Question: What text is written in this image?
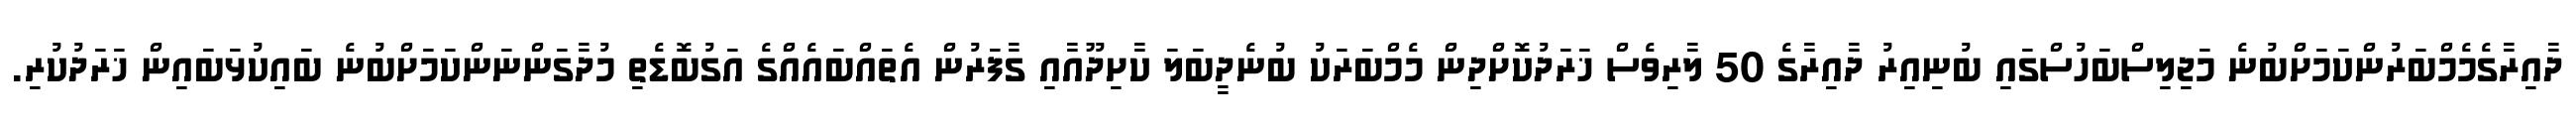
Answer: ދާއިރާގެމެމްބަރުންކަމަށްބުނެ މަޖިލިސްބަހުސްގައި ބުނިއިރު ދާއިރާގެ 50 ލާރިވެސް ޚަރަދުކޮށްދިން މެމްބަރަކު ބުނެދީބަލަ ކާށިދޫއާއި ގާފަރުން އެތައްބައެއްގެ އަގުބޮޑެތި މުދާގަންނަންކަމަށްބުނެ ބައިކުޅަބައިން ޚަރަދުކުރި.